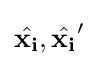
{\hat {\mathbf {x_{i}} }},{\hat {\mathbf {x_{i}} }}'